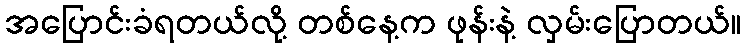
အပြောင်းခံရတယ်လို့ တစ်နေ့က ဖုန်းနဲ့ လှမ်းပြောတယ်။